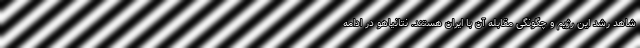
شاهد رشد این رژیم و چگونگی مقابله آن با ایران هستند. نتانیاهو در ادامه